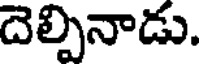
దెల్పినాడు.